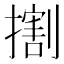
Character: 𢵷